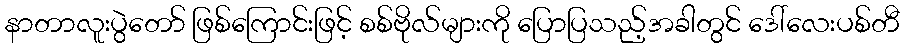
နာတာလူးပွဲတော် ဖြစ်ကြောင်းဖြင့် စစ်ဗိုလ်များကို ပြောပြသည့်အခါတွင် ဒေါ်လေးပစ်တီ